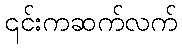
၎င်းကဆက်လက်